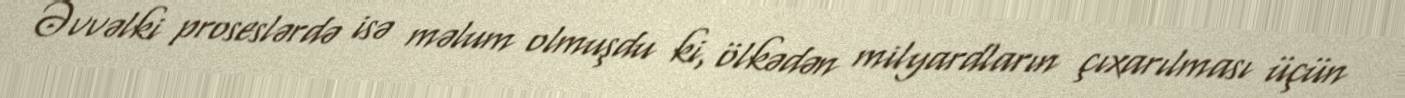
Əvvəlki proseslərdə isə məlum olmuşdu ki, ölkədən milyardların çıxarılması üçün